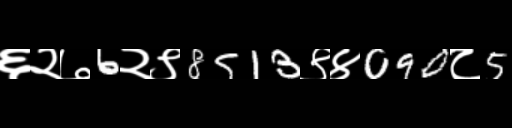
Text: ६२७6२९8513९४090८5